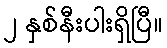
၂ နှစ်နီးပါးရှိပြီ။